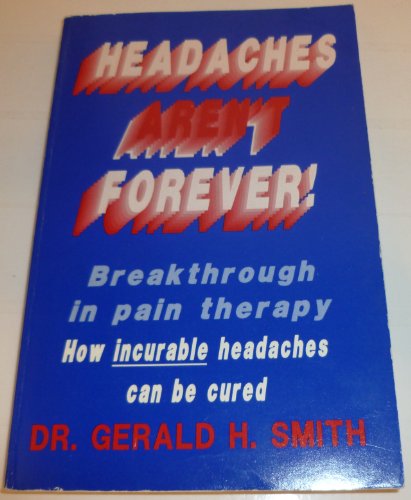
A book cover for Headaches Aren't Forever; Gerald H. Smith; Health, Fitness & Dieting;